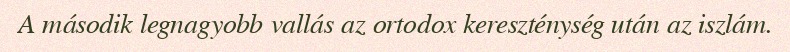
A második legnagyobb vallás az ortodox kereszténység után az iszlám.